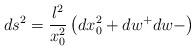
LaTeX: \begin{align*}ds^2= \frac{l^2}{x_0^2}\left( dx_0^2 + dw^+dw-\right)\end{align*}